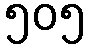
၅၀၅